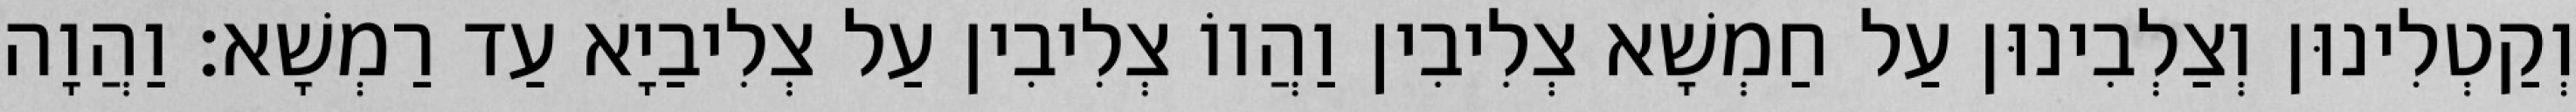
וְקַטְלִינוּן וְצַלְבִינוּן עַל חַמְשָׁא צְלִיבִין וַהֲווֹ צְלִיבִין עַל צְלִיבַיָא עַד רַמְשָׁא׃ וַהֲוָה